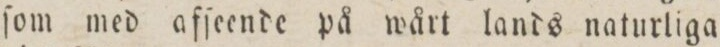
ſom med afſeende på wårt lands naturliga